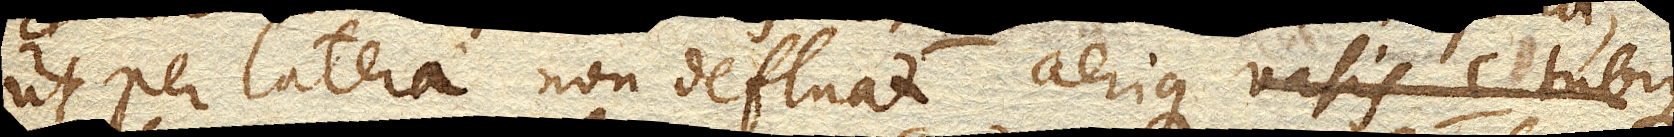
ut per latera non defluat aerique vasis c. tubique